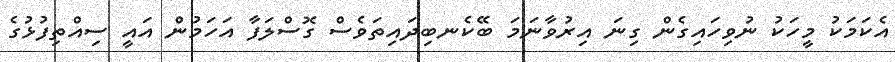
އެކަމަކު މީހަކު ނުވިހައިގެން ގިނަ އިރުވާނަމަ ބޭކެނބިދައިތަވެސް ގޮސްލަފާ އަހަމުން އައީ ސިއްތިފުޅުގެ